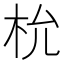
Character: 㭇